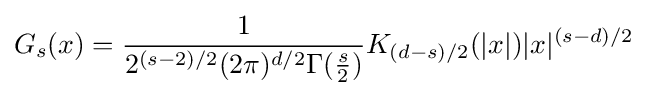
G_{s}(x)={\frac {1}{2^{(s-2)/2}(2\pi )^{d/2}\Gamma ({\frac {s}{2}})}}K_{(d-s)/2}(\vert x\vert )\vert x\vert ^{(s-d)/2}